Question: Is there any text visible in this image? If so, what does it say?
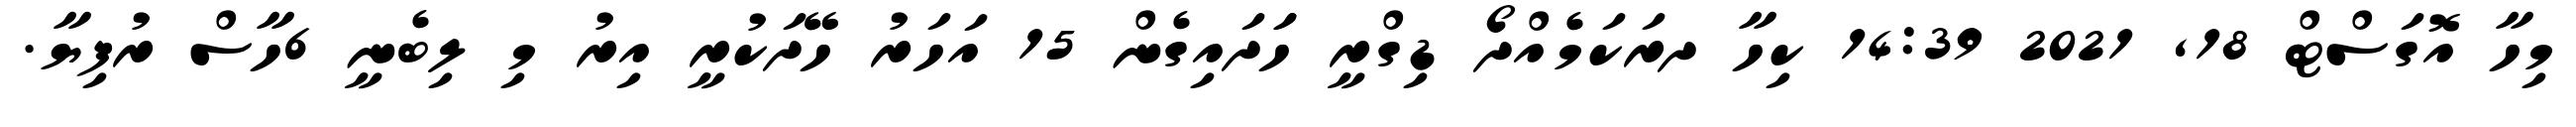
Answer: މިހާ އޮގަސްޓް 18, 2021 14:39 ކިހާ ދރަކަމެއްދޯ ޑިގްރީ ހަަދައިގެން 15 އަހަރު ހޭދަކުރީ އިރު މި ލިބެނީ 6ހާސް ރުފިޔާ.